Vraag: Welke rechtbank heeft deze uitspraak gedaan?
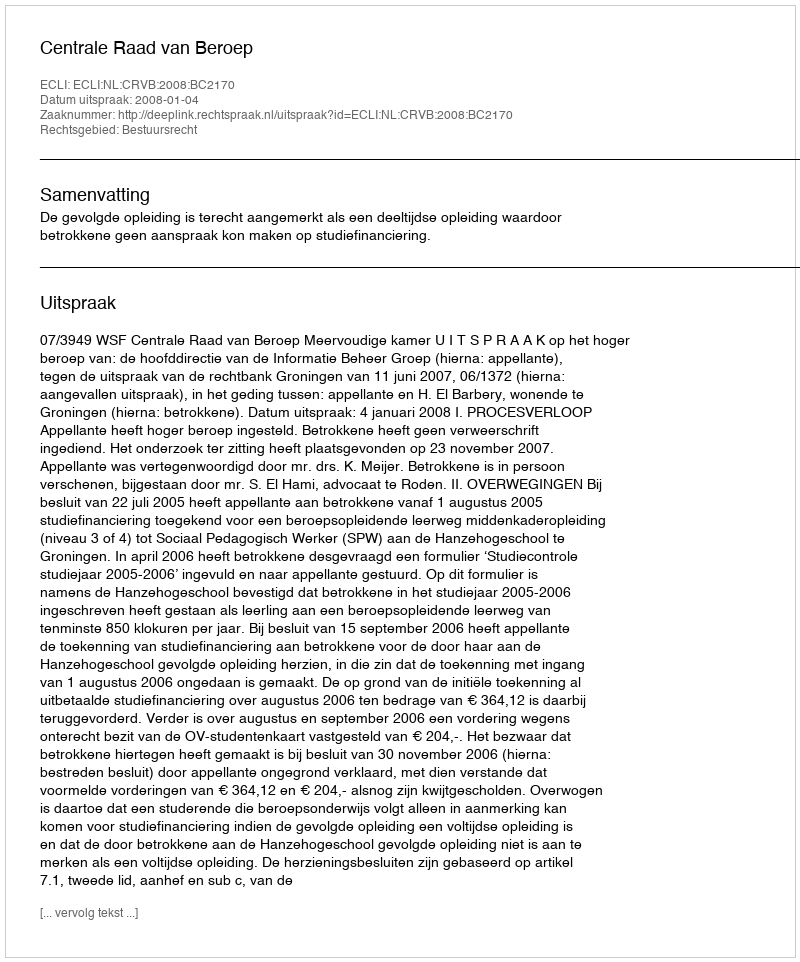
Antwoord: Centrale Raad van Beroep